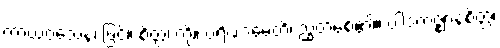
ကာယဝသေန၊ ဖြင့်။ စိတ္တံ၊ ကို။ ပရိဏာမေတိ၊ ညွတ်စေ၏။ ပါဒကဇ္ဈာနစိတ္တံ၊